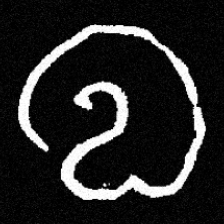
Pyu character \u2014 Myanmar letter: လ (romanized: la)